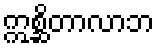
ဣစ္ဆိတာလာဘ